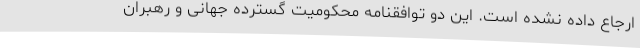
ارجاع داده نشده است. این دو توافقنامه محکومیت گسترده جهانی و رهبران